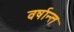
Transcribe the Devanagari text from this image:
वर्षान्त